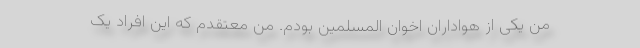
من یکی از هواداران اخوان المسلمین بودم. من معتقدم که این افراد یک